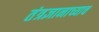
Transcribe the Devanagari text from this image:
तंत्रज्ञानाच्याच